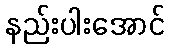
နည်းပါးအောင်